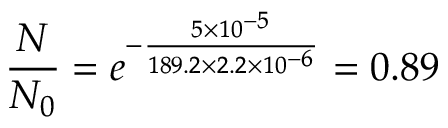
\frac { N } { N _ { 0 } } = e ^ { - \frac { 5 \times 1 0 ^ { - 5 } } { 1 8 9 . 2 \times 2 . 2 \times 1 0 ^ { - 6 } } } = 0 . 8 9